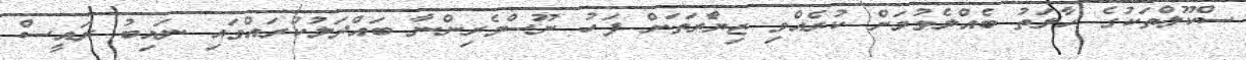
ސްކޫލްތަކުގެ ހާލަތު ބެއްލެވުމަށް ކުރެއްވި ޒިޔާެރަތަށް ފަހު ނޫސްވެރިންނާ ބައްދަލުކުރައްވައި ނައިބު ރައީސް